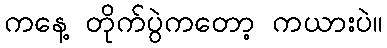
ကနေ့ တိုက်ပွဲကတော့ ကယားပဲ။